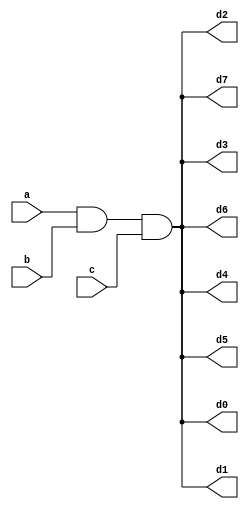
`timescale 1ns / 1ps
//////////////////////////////////////////////////////////////////////////////////
// Company: 
// Engineer: 
// 
// Design Name: 
// Module Name:    decoders 
// Project Name: 
// Target Devices: 
// Tool versions: 
// Description: 
//
// Dependencies: 
//
// Revision: 
// Revision 0.01 - File Created
// Additional Comments: 
//
//////////////////////////////////////////////////////////////////////////////////
module decoders(
a,b,c,d0,d1,d2,d3,d4,d5,d6,d7
    );
	 input a,b,c;
	 output d0,d1,d2,d3,d4,d5,d6,d7;
	 assign d0=(-a&-b&-c),
	 d1=(-a&-b&c),
	 d2=(-a&b&-c),
	 d3=(a&-b&-c),
	 d4=(-a&b&c),
	 d5=(a&b&-c),
	 d6=(a&-b&c),
	 d7=(a&b&c);

endmodule